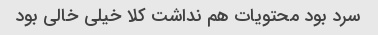
سرد بود محتویات هم نداشت کلا خیلی خالی بود